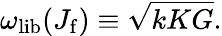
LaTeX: \omega_{\mathrm{lib}}(J_{\mathrm{f}})\equiv\sqrt{kKG}.